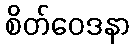
စိတ်ဝေဒနာ